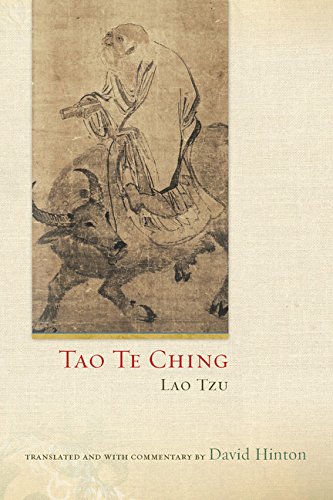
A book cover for Tao Te Ching; David Hinton; Religion & Spirituality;